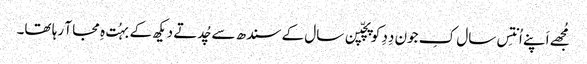
مُجھے اَپنے اُنتِس سال کِ جون دِدِ کو پچّپن سال کے سندھ سے چُدتے دیکھ کے بہُت ہِ مجا آ رہا تھا۔